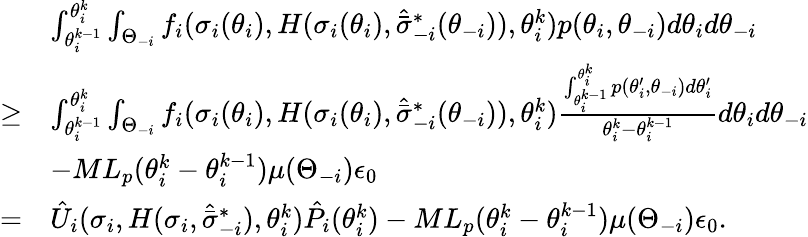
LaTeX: \begin{array}{rl}&{\int_{\theta_{i}^{k-1}}^{\theta_{i}^{k}}\int_{\Theta_{-i}}f_{i}(\sigma_{i}(\theta_{i}),H(\sigma_{i}(\theta_{i}),\hat{\bar{\sigma}}_{-i}^{*}(\theta_{-i})),\theta_{i}^{k})p(\theta_{i},\theta_{-i})d\theta_{i}d\theta_{-i}}\\ {\geq}&{\int_{\theta_{i}^{k-1}}^{\theta_{i}^{k}}\int_{\Theta_{-i}}f_{i}(\sigma_{i}(\theta_{i}),H(\sigma_{i}(\theta_{i}),\hat{\bar{\sigma}}_{-i}^{*}(\theta_{-i})),\theta_{i}^{k})\frac{\int_{\theta_{i}^{k-1}}^{\theta_{i}^{k}}p(\theta_{i}^{\prime},\theta_{-i})d\theta_{i}^{\prime}}{\theta_{i}^{k}-\theta_{i}^{k-1}}d\theta_{i}d\theta_{-i}}\\ &{-ML_{p}(\theta_{i}^{k}-\theta_{i}^{k-1})\mu(\Theta_{-i})\epsilon_{0}}\\ {=}&{\hat{U}_{i}(\sigma_{i},H(\sigma_{i},\hat{\bar{\sigma}}_{-i}^{*}),\theta_{i}^{k})\hat{P}_{i}(\theta_{i}^{k})-ML_{p}(\theta_{i}^{k}-\theta_{i}^{k-1})\mu(\Theta_{-i})\epsilon_{0}.}\end{array}